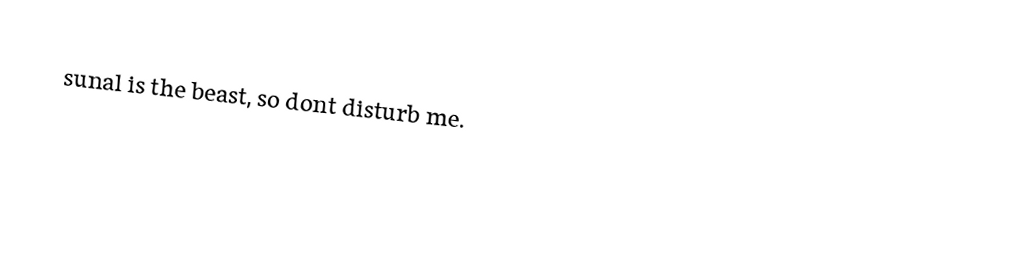
sunal is the beast, so dont disturb me.